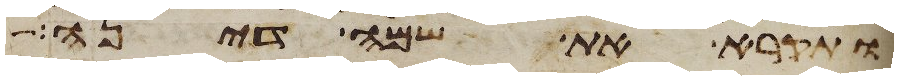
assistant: ותקרא את שמה דינה